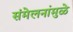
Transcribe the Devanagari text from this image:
संमेलनांमुळे